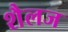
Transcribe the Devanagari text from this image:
शैलज